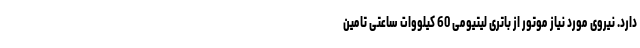
دارد. نیروی مورد نیاز موتور از باتری لیتیومی 60 کیلووات ساعتی تامین